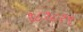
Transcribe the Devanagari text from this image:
१८१८१९